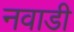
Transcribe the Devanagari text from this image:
नवाडी